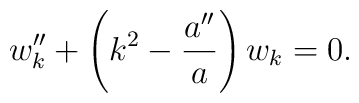
w_k'' + \left(k^2 - {a''\over a}\right) w_k =0.